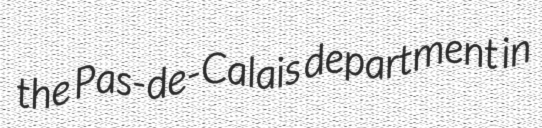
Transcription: the Pas-de-Calais department in